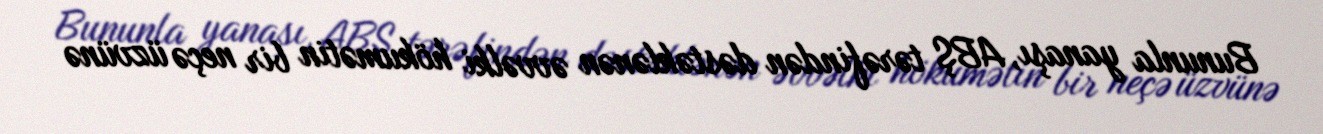
Bununla yanaşı, ABŞ tərəfindən dəstəklənən əvvəlki hökumətin bir neçə üzvünə